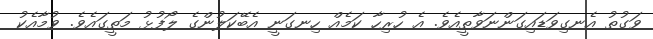
ވަގުތު އެނގިވަޑައިގަންނަވާތީއެވެ. އެ ހުރިހާ ކަމެއް ހިނގަނީ އެބޭކަލުންގެ ލޯފުޅު މަތީގައެވެ. ވުމާއެކު